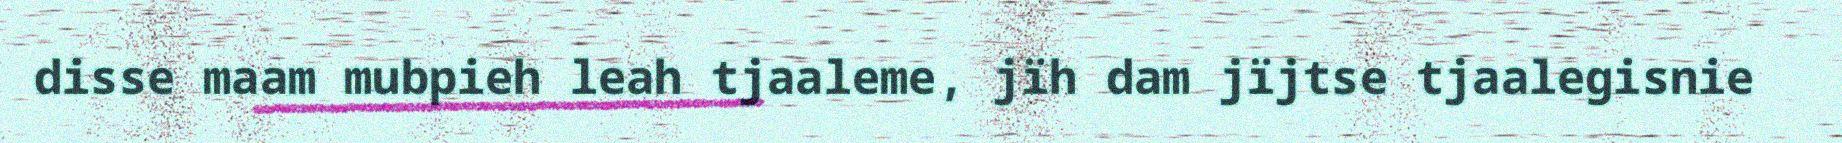
disse maam mubpieh leah tjaaleme, jïh dam jïjtse tjaalegisnie